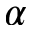
\alpha